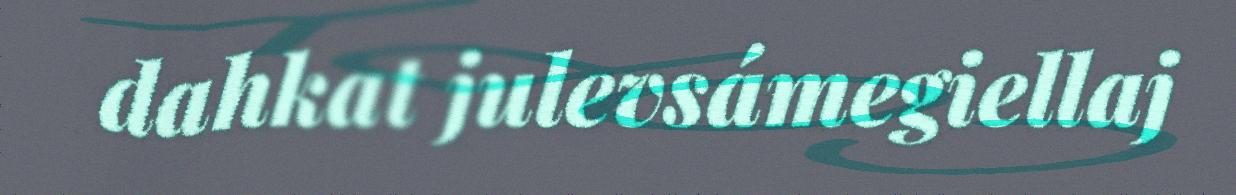
dahkat julevsámegiellaj